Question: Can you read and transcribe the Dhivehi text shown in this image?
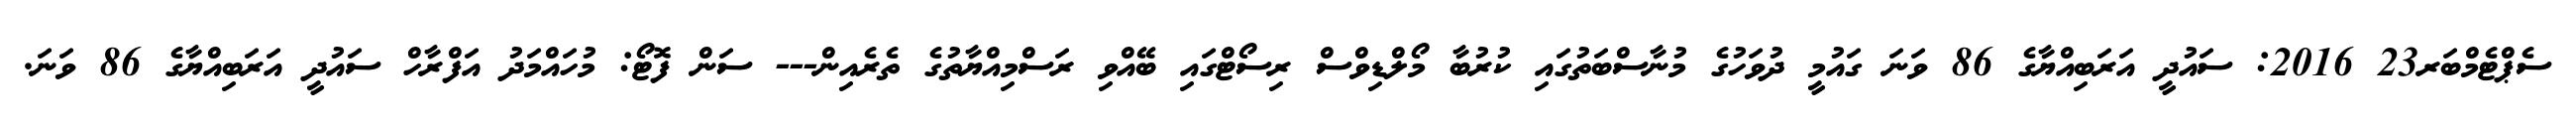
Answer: ސެޕްޓެމްބަރ23 2016: ސައުދީ އަރަބިއްޔާގެ 86 ވަނަ ގައުމީ ދުވަހުގެ މުނާސްބަތުގައި ކުރުބާ މޯލްޑިވްސް ރިސޯޓްގައި ބޭއްވި ރަސްމިއްޔާތުގެ ތެރެއިން--- ސަން ފޮޓޯ: މުހައްމަދު އަފްރާހް ސައުދީ އަރަބިއްޔާގެ 86 ވަނަ.